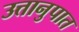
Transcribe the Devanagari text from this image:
उत्तानुपात